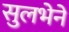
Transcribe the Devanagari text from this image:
सुलभेने